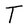
Character: T